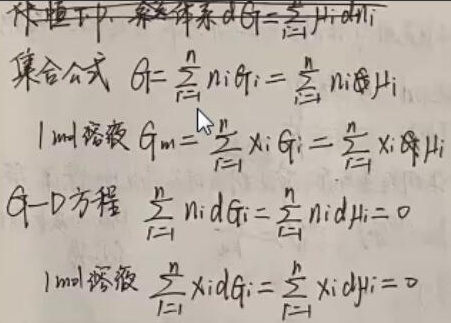
恒压下, 多组分体系 \(dG=\sum_{i = 1}^{n}\mu_{i}dn_{i}\)
集合公式 \(G=\sum_{i = 1}^{n}n_{i}G_{i}=\sum_{i = 1}^{n}n_{i}\mu_{i}\)
\(1mol\) 溶液 \(G_{m}=\sum_{i = 1}^{n}x_{i}G_{i}=\sum_{i = 1}^{n}x_{i}\mu_{i}\)
G - D方程 \(\sum_{i = 1}^{n}n_{i}dG_{i}=\sum_{i = 1}^{n}n_{i}d\mu_{i}=0\)
\(1mol\) 溶液 \(\sum_{i = 1}^{n}x_{i}dG_{i}=\sum_{i = 1}^{n}x_{i}d\mu_{i}=0\)